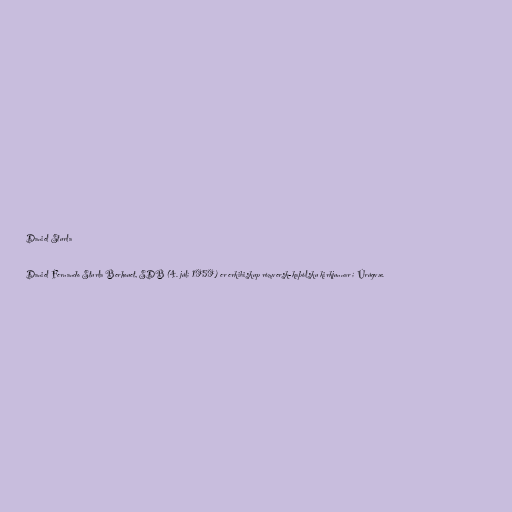
Daniel Sturla

Daniel Fernando Sturla Berhouet, SDB (4. júlí 1959) er erkibiskup rómversk-kaþólsku kirkjunnar í Úrúgvæ.